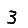
Digit: 3